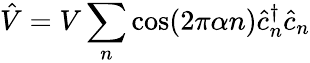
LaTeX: \hat{V}=V\sum_{n}\cos(2\pi\alpha n)\hat{c}_{n}^{\dagger}\hat{c}_{n}